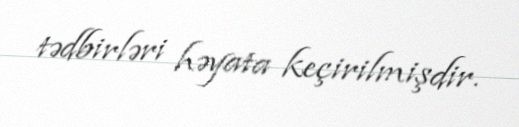
tədbirləri həyata keçirilmişdir.